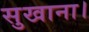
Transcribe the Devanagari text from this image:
सुखाना।